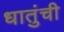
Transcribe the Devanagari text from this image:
धातुंची